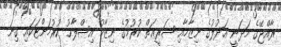
ރާއްޖޭގެ މަދަނީ ޢަދުލުގެ ނިޒާމާއި ޝަރީޢަތް ކުރުމުގެ ނިޒާމު އިޞްލާޙު ކުރުމަށްޓަކައި ގިނަ